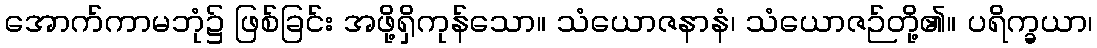
အောက်ကာမဘုံ၌ ဖြစ်ခြင်း အဖို့ရှိကုန်သော။ သံယောဇနာနံ၊ သံယောဇဉ်တို့၏။ ပရိက္ခယာ၊